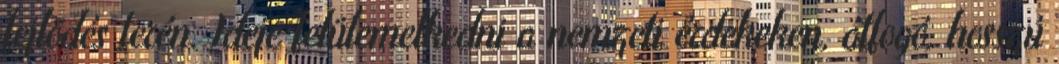
fejlõdés terén. Ideje felülemelkedni a nemzeti érdekeken, átfogó, hosszú